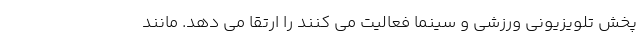
پخش تلویزیونی ورزشی و سینما فعالیت می کنند را ارتقا می دهد. مانند